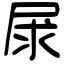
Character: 㞗